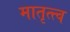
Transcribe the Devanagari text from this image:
मातृत्त्व